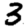
Digit: 3